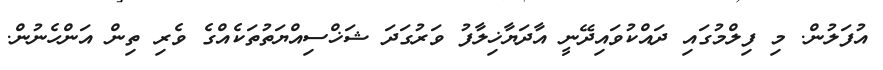
އުފަލުން. މި ފިލްމުގައި ދައްކުވައިދޭނީ އާދަޔާޚިލާފު ވަރުގަދަ ޝަޚްސިއްޔަތުތަކެއްގެ ވެރި ތިން އަންހެނުން.